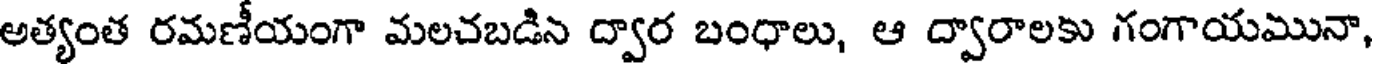
అత్యంత రమణీయంగా మలచబడిన ద్వార బంధాలు, ఆ ద్వారాలకు గంగాయమునా,